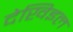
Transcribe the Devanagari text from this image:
देखिइल